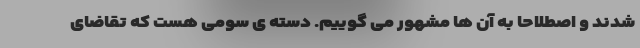
شدند و اصطلاحاً به آن ها مشهور می گوییم. دسته ی سومی هست که تقاضای